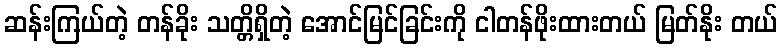
ဆန်းကြယ်တဲ့ တန်ခိုး သတ္တိရှိတဲ့ အောင်မြင်ခြင်းကို ငါတန်ဖိုးထားတယ် မြတ်နိုး တယ်